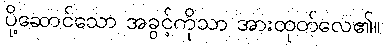
ပို့ဆောင်သော အခွင့်ကိုသာ အားထုတ်လေ၏။